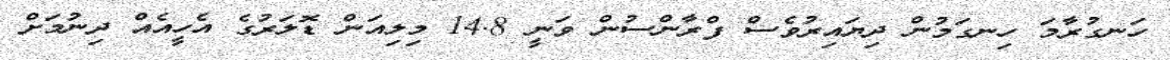
ހަނގުރާމަ ހިނގަމުން ދިޔައިރުވެސް ފްރާންސުން ވަނީ 14.8 މިލިއަން ޑޮލަރުގެ އެހީއެއް ދިނުމަށް